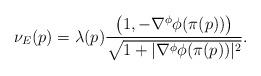
LaTeX: \begin{align*}\nu_{E}(p)=\lambda(p)\frac{\big(1,-\nabla^\phi\phi(\pi(p))\big)}{\sqrt{1+|\nabla^\phi\phi(\pi(p))|^2}}.\end{align*}